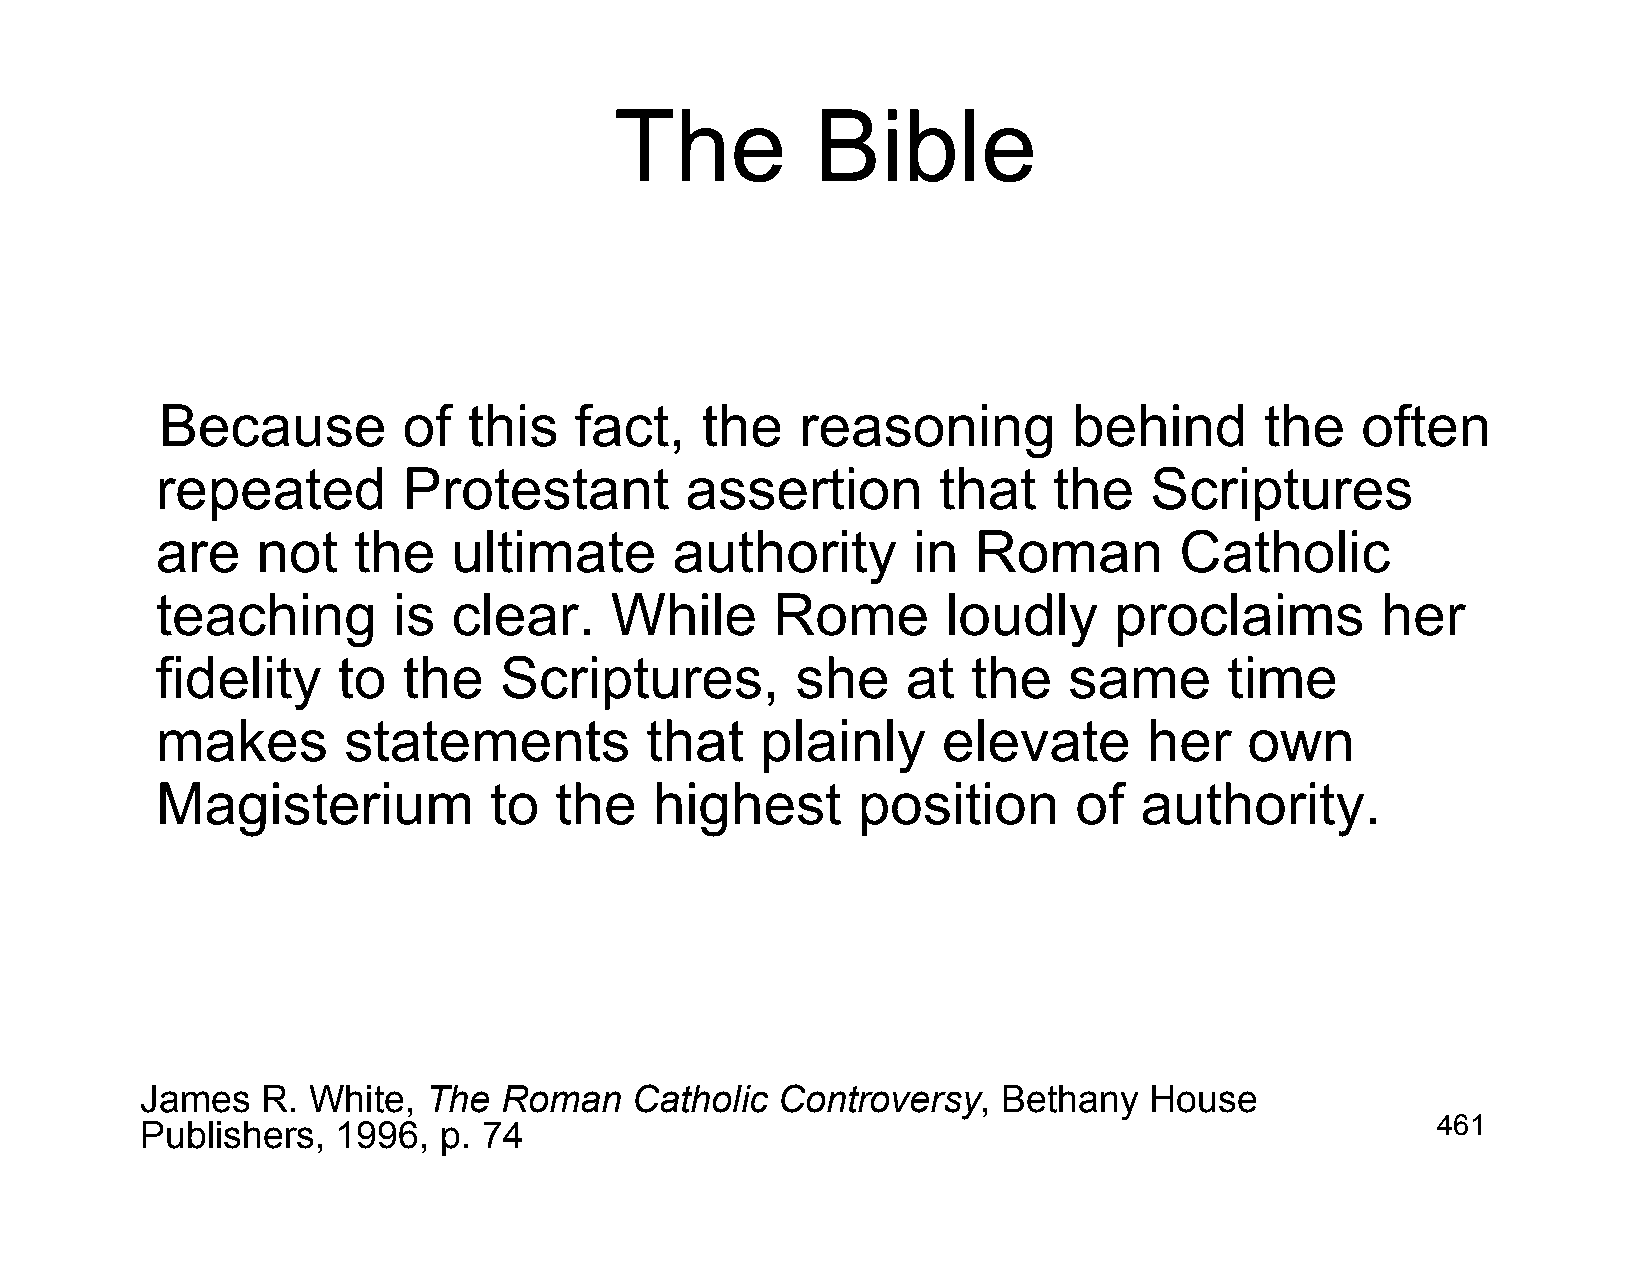
The          Bible
 Because         of  this   fact,   the    reasoning         behind       the   often
 repeated         Protestant        assertion        that    the   Scriptures
 are    not   the    ultimate       authority      in  Roman         Catholic
 teaching        is  clear.    While      Rome        loudly     proclaims        her
 fidelity    to   the   Scriptures,         she    at  the    same      time
 makes        statements          that   plainly     elevate       her    own
 Magisterium           to   the   highest       position      of  authority.
 James   R. White,  The  Roman    Catholic Controversy,   Bethany   House
 Publishers,  1996,  p. 74                                                             461